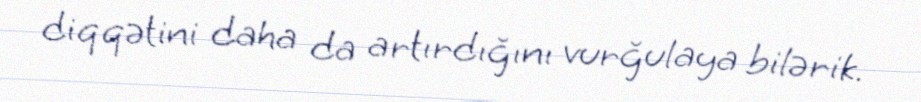
diqqətini daha da artırdığını vurğulaya bilərik.